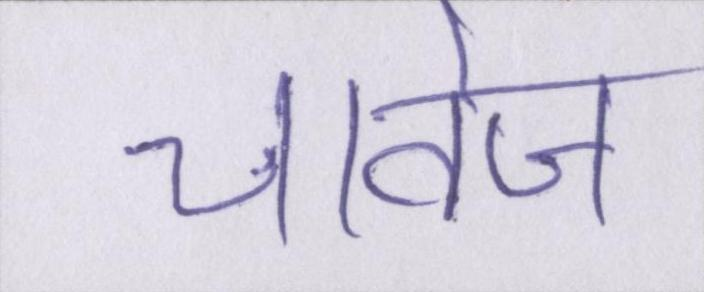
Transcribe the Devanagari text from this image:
चावेज